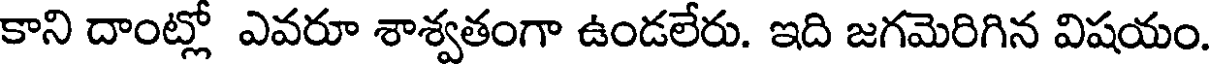
కాని దాంట్లో ఎవరూ శాశ్వతంగా ఉండలేరు. ఇది జగమెరిగిన విషయం